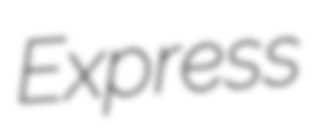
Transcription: Express